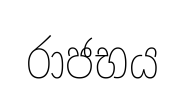
රාජභය